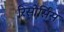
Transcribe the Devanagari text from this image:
रिसोर्सिस